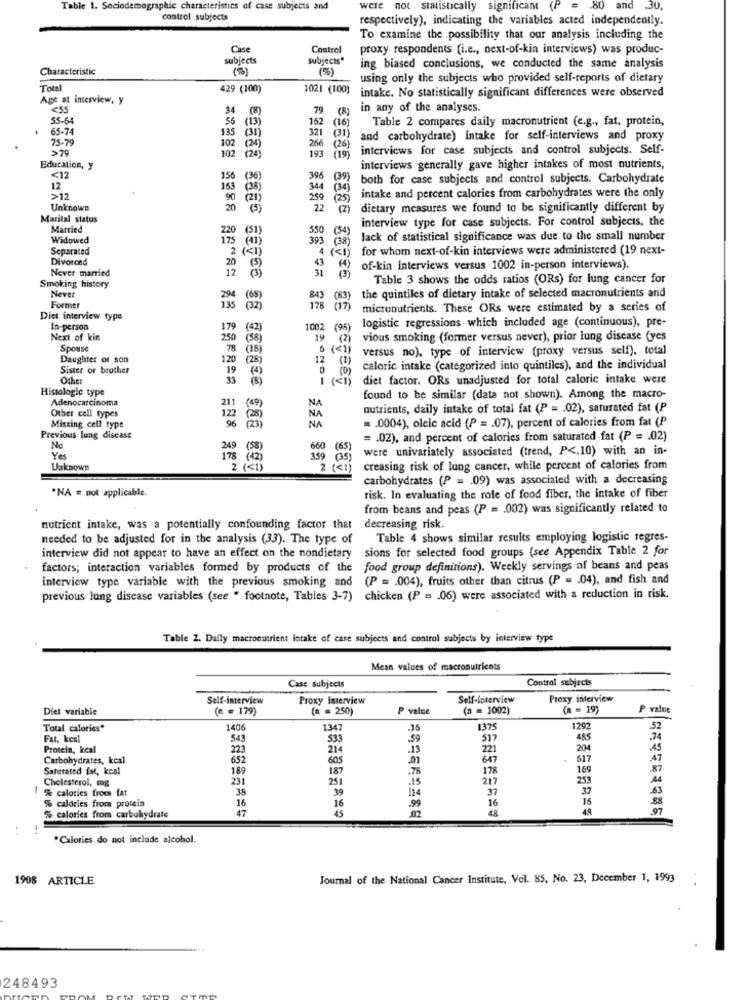
Table 1. Sociodemographic characteristics of case subjects and
were
not statistically significant (P
.80
and
.30
control subjects
respectively), indicating the variables acted independently.
To examine the possibility that our analysis including the
Case
Control
proxy respondents (i.e ., next-of-kin interviews) was produc-
subjects
subjects*
Characteristic
(5)
ing biased conclusions, we conducted the same analysis
using only the subjects who provided self-reports of dietary
Total
429 (100)
1021 (100)
intake. No statistically significant differences were observed
Age at interview, y
<55
34
79
(R)
in any of the analyses.
55-64
56
(13)
162 (16)
Table 2 compares daily macronutrient (e.g ., fat, protein,
65-74
135
321
(31)
75-79
102
and carbohydrate) intake for self-interviews and proxy
>79
266
193
(26)
interviews for case subjects and control subjects. Self-
102
(24)
( 19)
Education, y
interviews generally gave higher intakes of most nutrients,
<12
156
396
(39)
both for case subjects and control subjects. Carbohydrate
12
(38)
344 (34)
>12
(21)
259
(25)
intake and percent calories from carbohydrates were the only
Unknown
(5)
22
(2) dietary measures we found to be significantly different by
Marital status
interview type for case subjects. For control subjects, the
Married
(51)
550 (34)
Widowed
393
(38)
Jack of statistical significance was due to the small number
Separated
(1)
(41)
4 (<1) for whom next-of-kin interviews were administered (19 next-
Divorced
Never married
43
of-kin interviews versus 1002 in-person interviews).
31
Table 3 shows the odds ratios (ORs) for lung cancer for
Smoking history
Never
Former
(65)
843
(83)
the quintiles of dietary intake of selected macronutrients and
(32)
(17)
micronutrients. These ORs were estimated by a series of
Diet interview type
In-person
(42)
1002 (98) logistic regressions which included age (continuous), pre-
Next of kin
(58]
19
(2) vious smoking (former versus never), prior lung disease (yes
Spouse
versus no), type of interview (proxy versus self). total
Daughter of son
(28)
12
(1)
Sister or brother
calorie intake (categorized into quintiles), and the individual
Other
33
(8)
1 (<1) diet factor. ORs unadjusted for total caloric intake were
Histologic type
Adenocarcinoma
found to be similar (data not shown). Among the macro-
211
nutrients, daily intake of total fat (P = . 02), saturated fat (P
Other call types
NA
= . 0004), oleic acid (P = . 07), percent of calories from fat (P
Missing cell type
96
(23)
NA
Previous lung disease
= . 02), and percent of calories from saturated fat (P = . 02)
Ne
(58)
were univariately associated (trend, P <. 10) with an in-
Yes
Uaknown
creasing risk of lung cancer, while percent of calories from
carbohydrates (P = . 09) was associated with a decreasing
·NA = not applicable.
risk. In evaluating the role of food fiber, the intake of fiber
from beans and peas (P = . 002) was significantly related to
nutrient intake, was a potentially confounding factor that
decreasing risk.
needed to be adjusted for in the analysis (33). The type of
Table 4 shows similar results employing logistic regres-
sions for selected food groups (see Appendix Table 2 for
interview did not appear to have an effect on the nondietary
factors; interaction variables formed by products of the food group definitions). Weekly servings of beans and peas
interview type variable with the previous smoking and
(P = . 004), fruits other than citrus (P = . 04), and fish and
previous lung disease variables (see " footnote, Tables 3-7) chicken (P = 06) were associated with a reduction in risk.
Table 2. Daily macronutrient intake of case subjects and control subjects by interview type
Mean values of macronutrients
Control subjects
Case subjects
Self-Interview
Proxy Interview
Self-interview
Proxy interview
Diet variable
(n = 179)
(n = 250)
P value
(n = 1002)
(n = 19)
P value
Total calories*
140€
1347
1375
1292
52
Fat, kcal
543
533
.59
517
485
.74
Protein, kcal
223
214
221
204
.45
Carbohydrates, kcal
652
605
.01
647
617
Saturated fat, kcal
189
187
.78
178
169
-87
Cholesterol, mg
231
251
.15
217
253
% calories from fat
38
39
37
37
-63
% caldries from protein
.99
16
16
16
47
16
45
48
% calories from carbohydrate
..
*Calories do not include alcohol.
1908 ARTICLE
Journal of the National Cancer Institute, Vol. 85, No. 23, December 1, 1993
248493